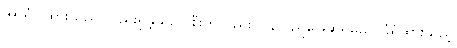
အာရုံပြုထားသည် လည်းရှိခဲ့သည် စီးကိုလည်း ပြန်လည်ဖြေဆိုရမည် ခြံရံထားသည့်